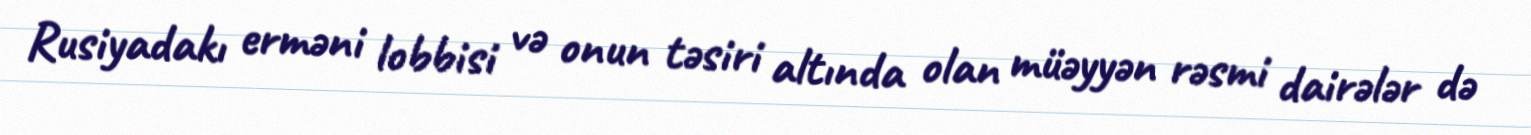
Rusiyadakı erməni lobbisi və onun təsiri altında olan müəyyən rəsmi dairələr də